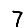
Digit: 7